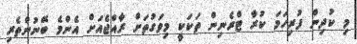
މި ކުދިން ފުރިހަމަ ކުރާ ޓްރެނިން ތަކަކީ މިވަގުތަށް ރާއްޖެއަށް އެންމެ ބޭނުންތެރި